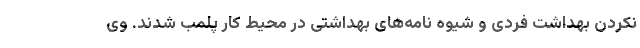
نکردن بهداشت فردی و شیوه نامه‌های بهداشتی در محیط کار پلمب شدند. وی